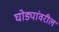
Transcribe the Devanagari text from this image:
घोड्यांवरील